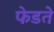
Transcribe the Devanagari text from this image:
फेडते